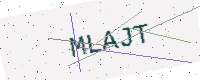
Text: MLAJT